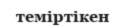
теміртікен